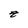
Character: z